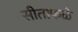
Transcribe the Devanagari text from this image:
सीताफळे